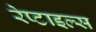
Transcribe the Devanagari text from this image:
रेप्टाइल्स